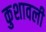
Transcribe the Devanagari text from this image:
कुशावली